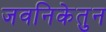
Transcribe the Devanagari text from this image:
जवनिकेतुन